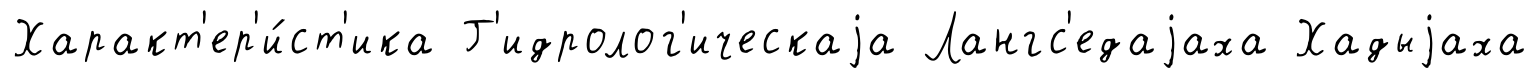
Характ'ер'и́ст'ика Г'идролог'ическаjа Лангс'едаjаха Хадыjаха